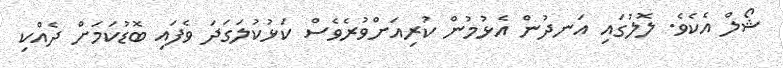
ޝޯލް އެކެވެ. ލޮލުގައި އަނދުން އެޅުމުން ކުރިއަށްވުރެވެސް ކަޅުކުލަގަދަ ވެފައި ބޮޑުކަމަށް ދެއްކި